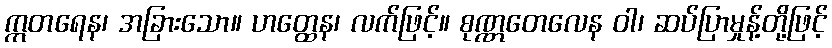
ဣတရေန၊ အခြားသော။ ဟတ္ထေန၊ လက်ဖြင့်။ စုဏ္ဏတေလေန ဝါ၊ ဆပ်ပြာမှုန့်တို့ဖြင့်